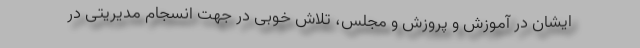
ایشان در آموزش و پروزش و مجلس، تلاش خوبی در جهت انسجام مدیریتی در